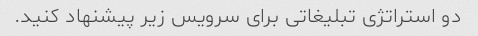
دو استراتژی تبلیغاتی برای سرویس زیر پیشنهاد کنید.